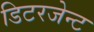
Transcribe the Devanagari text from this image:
डिटरजेन्ट